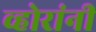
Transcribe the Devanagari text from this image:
व्होरांनी